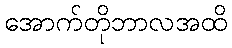
အောက်တိုဘာလအထိ